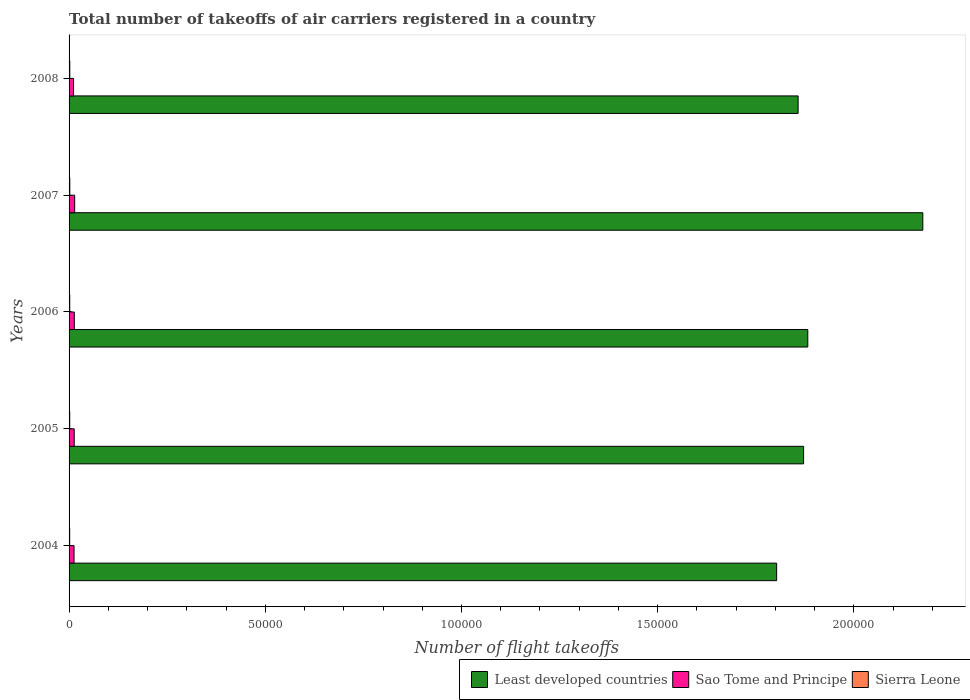
| Years | Least developed countries | Sao Tome and Principe | Sierra Leone |
 | --- | --- | --- | --- |
 | 2004 | 1.8e+05 | 1.27e+03 | 156 |
 | 2005 | 1.87e+05 | 1.31e+03 | 164 |
 | 2006 | 1.88e+05 | 1.34e+03 | 171 |
 | 2007 | 2.18e+05 | 1.43e+03 | 183 |
 | 2008 | 1.86e+05 | 1.14e+03 | 181 |